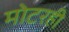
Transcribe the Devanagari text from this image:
मोटरही